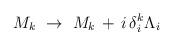
LaTeX: \begin{align*}M_k\ \rightarrow\ M_k\, +\, i\, \delta^k_i \Lambda_i\end{align*}